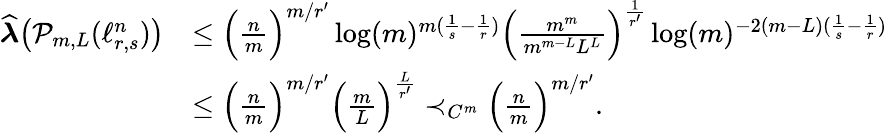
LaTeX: \begin{array}{rl}{\widehat{\boldsymbol{\lambda}}\big(\mathcal P_{m,L}(\ell_{r,s}^{n})\big)}&{\le\Big(\frac{n}{m}\Big)^{m/r^{\prime}}\log(m)^{m(\frac 1{s}-\frac 1{r})}\Big(\frac{m^{m}}{m^{m-L}L^{L}}\Big)^{\frac{1}{r^{\prime}}}\log(m)^{-2(m-L)(\frac 1{s}-\frac 1{r})}}\\ &{\le\Big(\frac{n}{m}\Big)^{m/r^{\prime}}\Big(\frac{m}{L}\Big)^{\frac{L}{r^{\prime}}}\prec_{C^{m}}\Big(\frac{n}{m}\Big)^{m/r^{\prime}}.}\end{array}